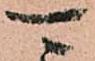
可